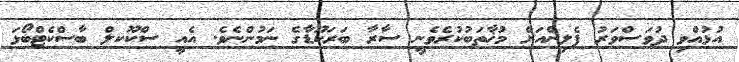
އުޅުއްވި ދުވަސްވަރު ޕެލިންއަށް މުޚާތަބުކުރެވެނީ ސާރާ ބަރަކޫޑާގެ ނަމުންނެވެ. އެއީ ސްކޫކލް ބާސްކެޓްބޯޅަ